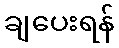
ချပေးရန်